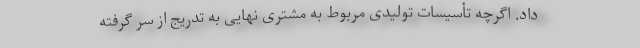
داد. اگرچه تأسیسات تولیدی مربوط به مشتری نهایی به تدریج از سر گرفته